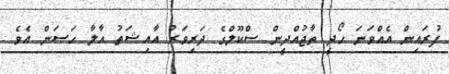
ފުރައިން އެއްވަނަ ހޯދީ ތާޖުއްދީން ސްކޫލްގެ ދަރިވަރު އާއިޝަތު އާލާ ހަސަން އެވެ.